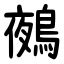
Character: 鵺